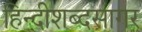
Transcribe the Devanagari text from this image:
हिन्दीशब्दसागर